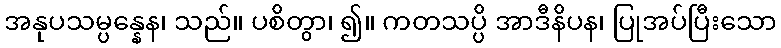
အနုပသမ္ပန္နေန၊ သည်။ ပစိတွာ၊ ၍။ ကတသပ္ပိ အာဒီနိပန၊ ပြုအပ်ပြီးသော